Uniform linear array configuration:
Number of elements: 12
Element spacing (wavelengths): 0.75
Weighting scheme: exponential
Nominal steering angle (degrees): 30
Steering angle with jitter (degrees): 31.514
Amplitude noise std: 0.05
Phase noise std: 0.05

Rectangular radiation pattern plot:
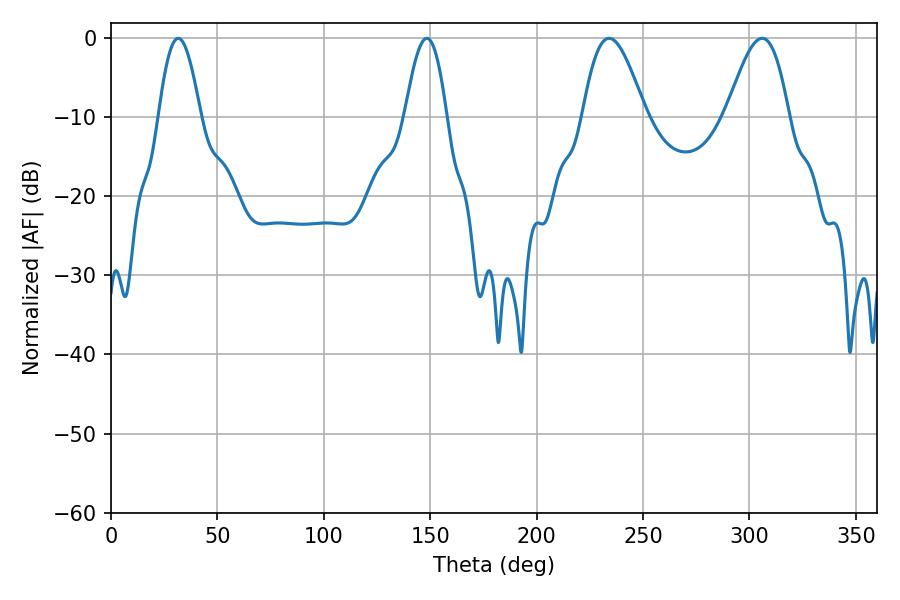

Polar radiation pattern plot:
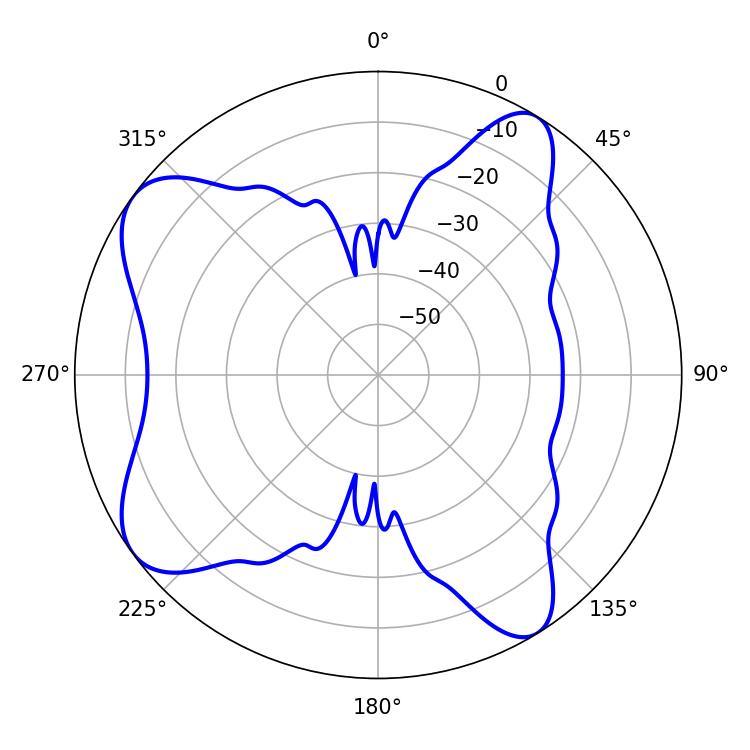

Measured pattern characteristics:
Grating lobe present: TRUE
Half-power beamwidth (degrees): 15.84
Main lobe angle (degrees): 234